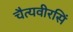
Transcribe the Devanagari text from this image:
चैत्यवीरसिं